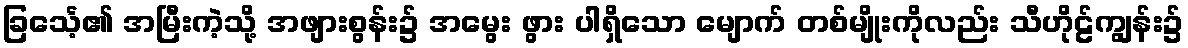
ခြင်္သေ့၏ အမြီးကဲ့သို့ အဖျားစွန်း၌ အမွေး ဖွား ပါရှိသော မျောက် တစ်မျိုးကိုလည်း သီဟိုဠ်ကျွန်း၌